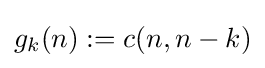
g_{k}(n):=c(n,n-k)